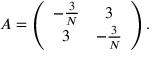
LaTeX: A = \left( \begin{array} { c c } { { - { \frac { 3 } { N } } } } & { { 3 } } \\ { { 3 } } & { { - { \frac { 3 } { N } } } } \end{array} \right) .